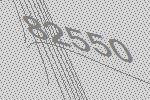
82550